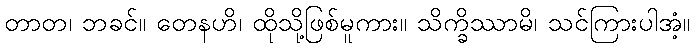
တာတ၊ ဘခင်။ တေနဟိ၊ ထိုသို့ဖြစ်မူကား။ သိက္ခိဿာမိ၊ သင်ကြားပါအံ့။